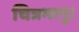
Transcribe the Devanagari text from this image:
चित्रभानु।